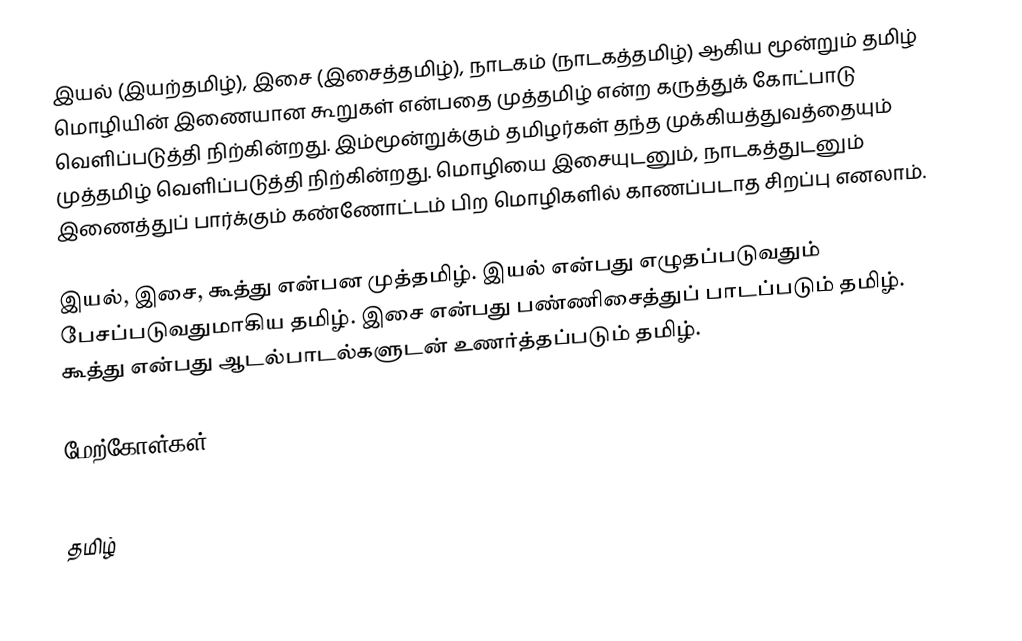
இயல் (இயற்தமிழ்), இசை (இசைத்தமிழ்), நாடகம் (நாடகத்தமிழ்) ஆகிய மூன்றும் தமிழ் மொழியின் இணையான கூறுகள் என்பதை முத்தமிழ் என்ற கருத்துக் கோட்பாடு வெளிப்படுத்தி நிற்கின்றது.  இம்மூன்றுக்கும் தமிழர்கள் தந்த முக்கியத்துவத்தையும் முத்தமிழ் வெளிப்படுத்தி நிற்கின்றது.  மொழியை இசையுடனும், நாடகத்துடனும் இணைத்துப் பார்க்கும் கண்ணோட்டம் பிற மொழிகளில் காணப்படாத சிறப்பு எனலாம்.

இயல், இசை, கூத்து என்பன முத்தமிழ். இயல் என்பது எழுதப்படுவதும் பேசப்படுவதுமாகிய தமிழ். இசை என்பது பண்ணிசைத்துப் பாடப்படும் தமிழ். கூத்து என்பது ஆடல்பாடல்களுடன் உணர்த்தப்படும் தமிழ்.

மேற்கோள்கள்

தமிழ்